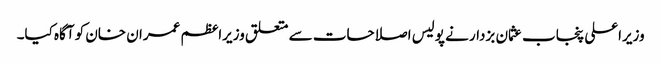
وزیراعلی پنجاب عثمان بزدار نے پولیس اصلاحات سے متعلق وزیراعظم عمران خان کو آگاہ کیا۔